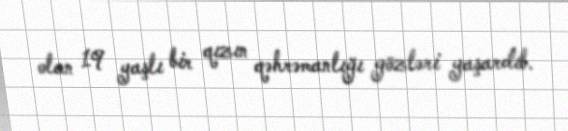
olan 19 yaşlı bir qızın qəhrəmanlığı gözləri yaşardıb.